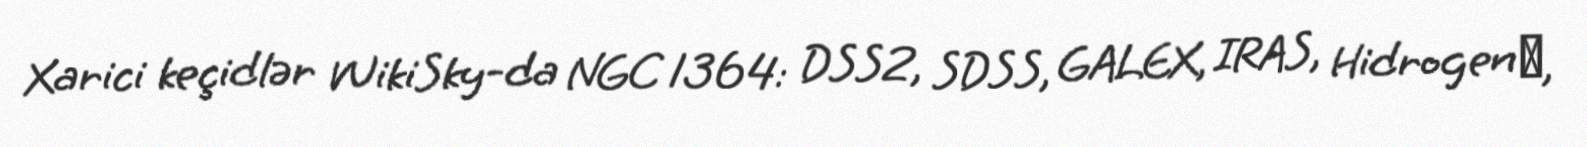
Xarici keçidlər WikiSky-da NGC 1364: DSS2, SDSS, GALEX, IRAS, Hidrogen α,